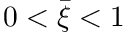
0 < \bar { \xi } < 1